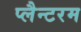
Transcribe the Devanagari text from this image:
प्लैन्टरम